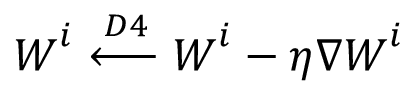
\boldsymbol { W } ^ { i } \xleftarrow { D 4 } \boldsymbol { W } ^ { i } - \eta \nabla \boldsymbol { W } ^ { i }